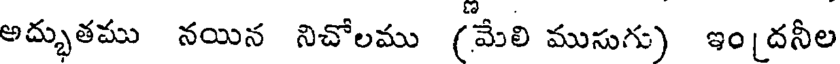
అద్భుతము నయిన నిచోలము (మేలి ముసుగు) ఇం[దనీల